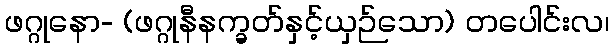
ဖဂ္ဂုနော- (ဖဂ္ဂုနီနက္ခတ်နှင့်ယှဉ်သော) တပေါင်းလ၊